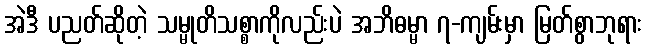
အဲဒီ ပညတ်ဆိုတဲ့ သမ္မုတိသစ္စာကိုလည်းပဲ အဘိဓမ္မာ ၇-ကျမ်းမှာ မြတ်စွာဘုရား